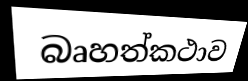
බෘහත්කථාව